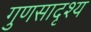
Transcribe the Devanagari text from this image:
गुणसादृश्य